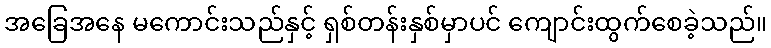
အခြေအနေ မကောင်းသည်နှင့် ရှစ်တန်းနှစ်မှာပင် ကျောင်းထွက်စေခဲ့သည်။